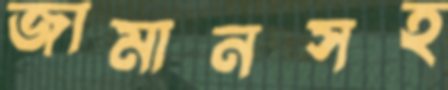
জামানসহ